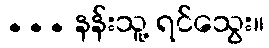
... နန်းသူ့ ရင်သွေး။